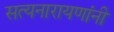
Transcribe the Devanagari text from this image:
सत्यनारायणांनी